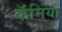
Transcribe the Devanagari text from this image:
कॅमियो